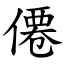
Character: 僊